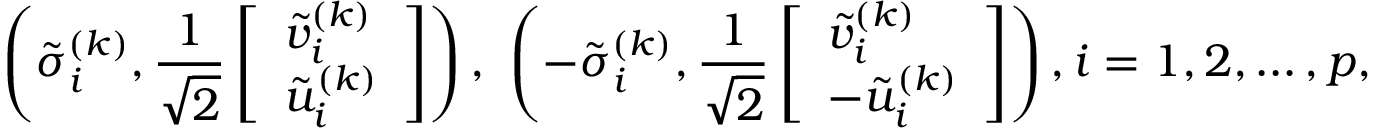
\left( \tilde { \sigma } _ { i } ^ { ( k ) } , \frac { 1 } { \sqrt { 2 } } \left[ \begin{array} { l } { \tilde { v } _ { i } ^ { ( k ) } } \\ { \tilde { u } _ { i } ^ { ( k ) } } \end{array} \right] \right) , \ \left( - \tilde { \sigma } _ { i } ^ { ( k ) } , \frac { 1 } { \sqrt { 2 } } \left[ \begin{array} { l } { \tilde { v } _ { i } ^ { ( k ) } } \\ { - \tilde { u } _ { i } ^ { ( k ) } } \end{array} \right] \right) , i = 1 , 2 , \dots , p ,